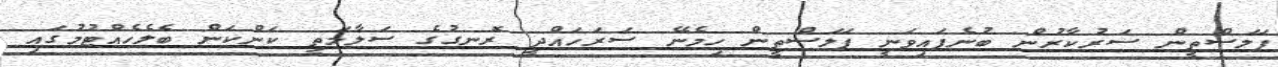
ފަލަސްތީން ސަރުކާރުން ބުނެފައިވަނީ ފަލަސްތީން ހިމެނޭ ސަރަހައްދީ ރޮނގުގެ ސަލާމަތީ ކަންކަން ބެލެހެއްޓުމުގައި